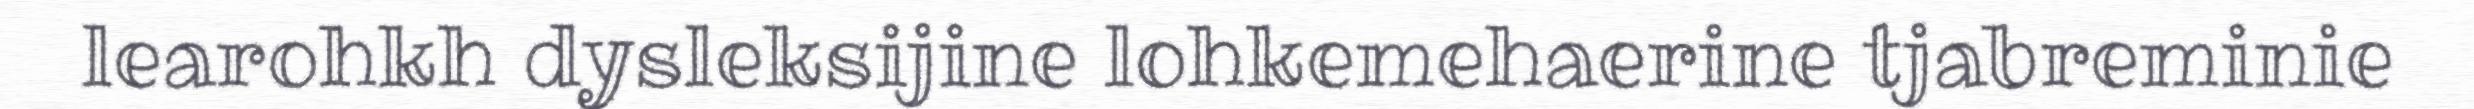
learohkh dysleksijine lohkemehaerine tjabreminie